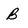
Character: B